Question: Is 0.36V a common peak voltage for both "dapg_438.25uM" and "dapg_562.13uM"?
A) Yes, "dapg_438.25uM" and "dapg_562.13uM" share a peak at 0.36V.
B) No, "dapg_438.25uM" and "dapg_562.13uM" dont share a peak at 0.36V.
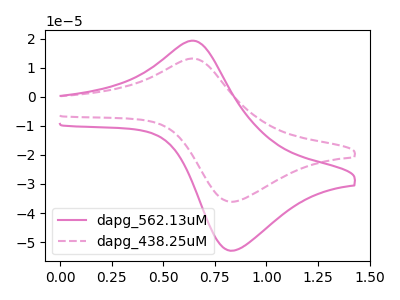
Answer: <think>The pink curve "dapg_562.13uM" has an anodic peak at (0.65V, 19.30uA) and a cathodic peak at (0.85V, -52.95uA). The pink dashed curve "dapg_438.25uM" has an anodic peak at (0.65V, 13.15uA) and a cathodic peak at (0.85V, -36.10uA).</think>
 <answer>B) No, "dapg_438.25uM" and "dapg_562.13uM" dont share a peak at 0.36V.</answer>
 <eval>B</eval>